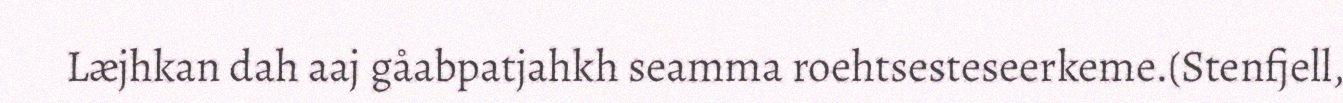
Læjhkan dah aaj gåabpatjahkh seamma roehtsesteseerkeme.(Stenfjell,